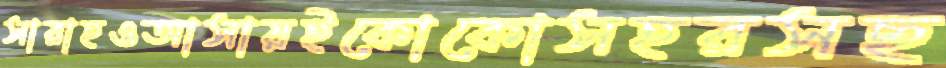
সারাহওআসায়ইকোকোসহরসছ